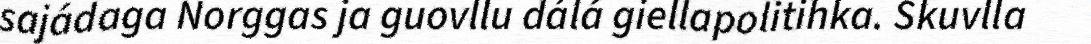
sajádaga Norggas ja guovllu dálá giellapolitihka. Skuvlla